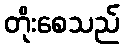
တိုးစေသည်